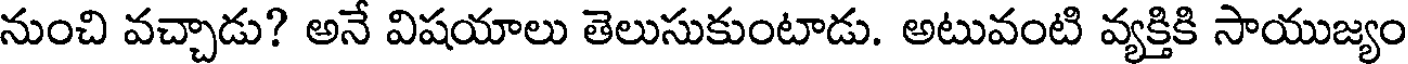
నుంచి వచ్చాడు? అనే విషయాలు తెలుసుకుంటాడు. అటువంటి వ్యక్తికి సాయుజ్యం